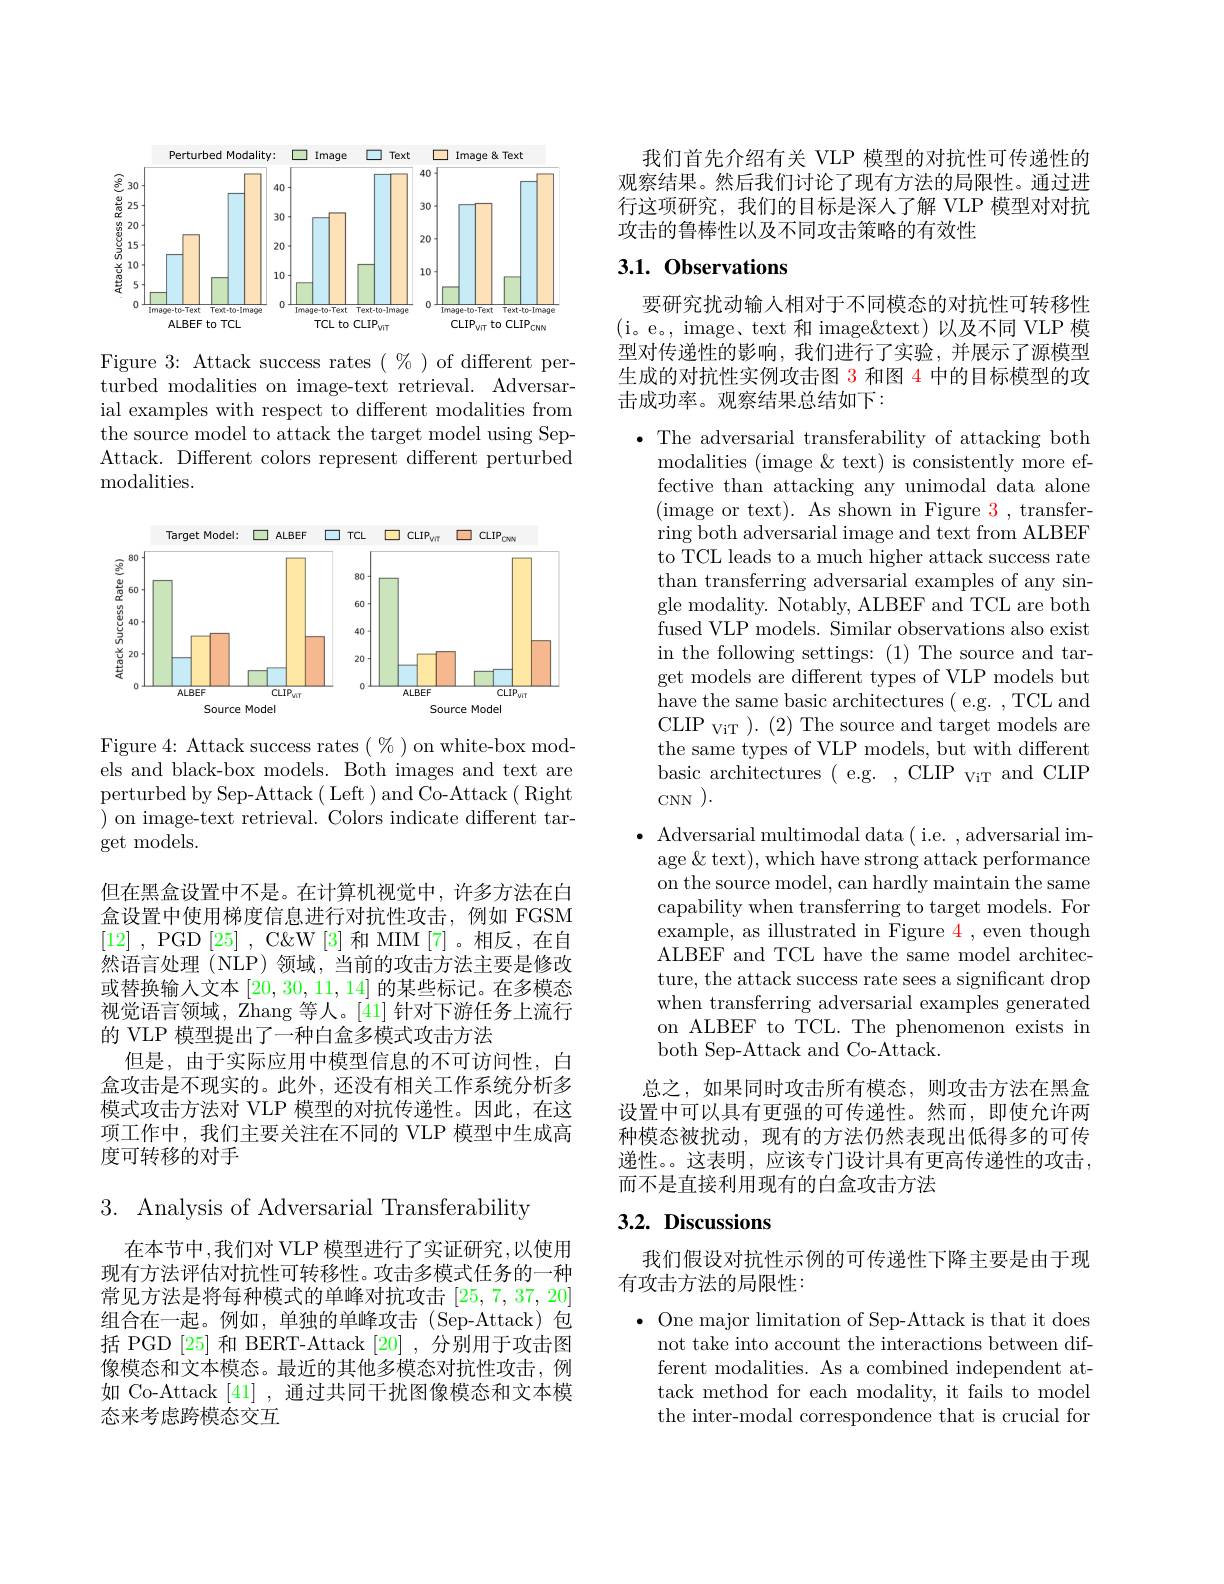
<FigureHere>

Figure 3: Attack success rates $(\%)$ of different per- $\bar{\text{turbed modalities on image-text retrieval. Adversar-}}$ ial examples with respect to different modalities from the source model to attack the target model using SepAttack. Different colors represent different perturbed ${\mathrm{modalities.}}$

<FigureHere>

Figure 4: Attack success rates $(\begin{array}{c}\%\end{array})$on white-box models and black-box models. Both images and text are perturbed by Sep-Attack ( Left ) and Co-Attack ( Right ${\text{) on image-text retrieval. Colors indicate different tar-}}$ get models.

但在黑盒设置中不是。在计算机视觉中，许多方法在白盒设置中使用梯度信息进行对抗性攻击，例如 FGSM [12] , PGD[25] , C&W[3]和 MIM[7]。相反，在自然语言处理(NLP)领域，当前的攻击方法主要是修改或替换输入文本[20,30,11,14]的某些标记。在多模态视觉语言领域，Zhang 等人。[41] 针对下游任务上流行的 VLP 模型提出了一种白盒多模式攻击方法
但是，由于实际应用中模型信息的不可访问性，白盒攻击是不现实的。此外，还没有相关工作系统分析多模式攻击方法对 VLP 模型的对抗传递性。因此，在这项工作中，我们主要关注在不同的 VLP 模型中生成高度可转移的对手

3. Analysis of Adversarial Transferability

在本节中，我们对 VLP 模型进行了实证研究，以使用现有方法评估对抗性可转移性。攻击多模式任务的一种常见方法是将每种模式的单峰对抗攻击[25,7,37,20] 组合在一起。例如，单独的单峰攻击(Sep-Attack)包括 PGD [25] 和 BERT-Attack [20] ,分别用于攻击图像模态和文本模态。最近的其他多模态对抗性攻击，例如 Co-Attack [41] , 通过共同干扰图像模态和文本模态来考虑跨模态交互

我们首先介绍有关 VLP 模型的对抗性可传递性的观察结果。然后我们讨论了现有方法的局限性。通过进行这项研究，我们的目标是深人了解 VLP 模型对对抗攻击的鲁棒性以及不同攻击策略的有效性

## 3.1. Observations

要研究扰动输入相对于不同模态的对抗性可转移性(i。e。, image、text 和 image&text) 以及不同 VLP 模型对传递性的影响，我们进行了实验，并展示了源模型生成的对抗性实例攻击图 3 和图 4 中的目标模型的攻击成功率。观察结果总结如下：

$\bullet$ The adversarial transferability of attacking both
modalities (image & text) is consistently more effective than attacking any unimodal data alone (image or text). As shown in Figure 3, transferring both adversarial image and text from ALBEF to TCL leads to a much higher attack success rate than transferring adversarial examples of any single modality. Notably, ALBEF and TCL are both fused VLP models. Similar observations also exist in the following settings:(1) The source and target models are different types of VLP models but ${\mathrm{~have~the~same~basic~architectures~(~e.g.~,~TCL~and}}$ CLIP viT ).(2) The source and target models are the same types of VLP models, but with different basic architectures (e.g. , CLIP viT and CLIP CNN ).
$\bullet$ Adversarial multimodal data( i.e. , adversarial image &text), which have strong attack performance on the source model, can hardly maintain the same capability when transferring to target models. For example, as illustrated in Figure 4, even though ALBEF and TCL have the same model architecture, the attack success rate sees a significant drop when transferring adversarial examples generated on ALBEF to TCL. The phenomenon exists in both Sep-Attack and Co-Attack.
总之，如果同时攻击所有模态，则攻击方法在黑盒设置中可以具有更强的可传递性。然而，即使允许两种模态被扰动，现有的方法仍然表现出低得多的可传

递性。。这表明，应该专门设计具有更高传递性的攻击，
而不是直接利用现有的白盒攻击方法

## 3.2. Discussions

我们假设对抗性示例的可传递性下降主要是由于现
有攻击方法的局限性：

$\bullet$ One major limitation of Sep-Attack is that it does
not take into account the interactions between different modalities. As a combined independent attack method for each modality, it fails to model the inter-modal correspondence that is crucial for